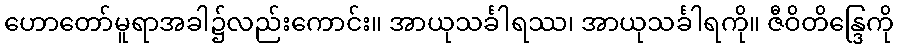
ဟောတော်မူရာအခါ၌လည်းကောင်း။ အာယုသင်္ခါရဿ၊ အာယုသင်္ခါရကို။ ဇီဝိတိန္ဒြေကို